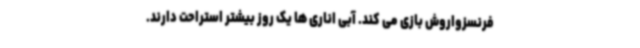
فرنسزواروش بازی می کند. آبی اناری ها یک روز بیشتر استراحت دارند.